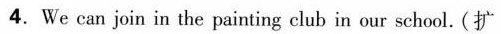
4.We can join in the painting club in our school.(扩